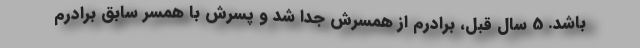
باشد. 5 سال قبل، برادرم از همسرش جدا شد و پسرش با همسر سابق برادرم